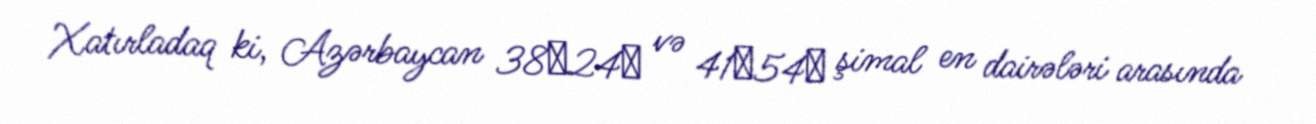
Xatırladaq ki, Azərbaycan 38○24ꞌ və 41○54ꞌ şimal en dairələri arasında